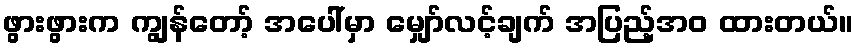
ဖွားဖွားက ကျွန်တော့် အပေါ်မှာ မျှော်လင့်ချက် အပြည့်အဝ ထားတယ်။